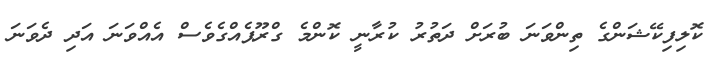
ކޮލިފިކޭޝަންގެ ތިންވަނަ ބުރަށް ދަތުރު ކުރާނީ ކޮންމެ ގްރޫޕެއްގެވެސް އެއްވަނަ އަދި ދެވަނަ